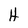
Character: H